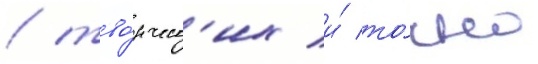
/ тво́рческ'их и́ то́чно